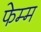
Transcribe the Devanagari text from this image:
फेम्म